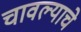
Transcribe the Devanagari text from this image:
चावल्याचे